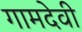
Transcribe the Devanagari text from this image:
गामदेवी